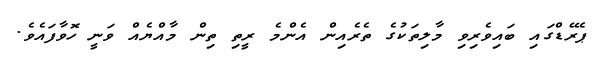
ޕެރޭޑްގައި ބައިވެރިވި މާލިތަކުގެ ތެރެއިން އެންމެ ރީތި ތިން މާއްޔެއް ވަނީ ހޮވާފައެވެ.